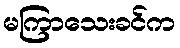
မကြာသေးခင်က